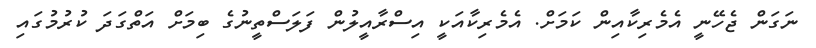
ނަގަން ޖެހޭނީ އެމެރިކާއިން ކަމަށް. އެމެރިކާއަކީ އިސްރާއީލުން ފަލަސްތީނުގެ ބިމަށް އަތްގަދަ ކުރުމުގައި